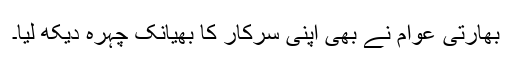
بھارتی عوام نے بھی اپنی سرکار کا بھیانک چہرہ دیکھ لیا۔